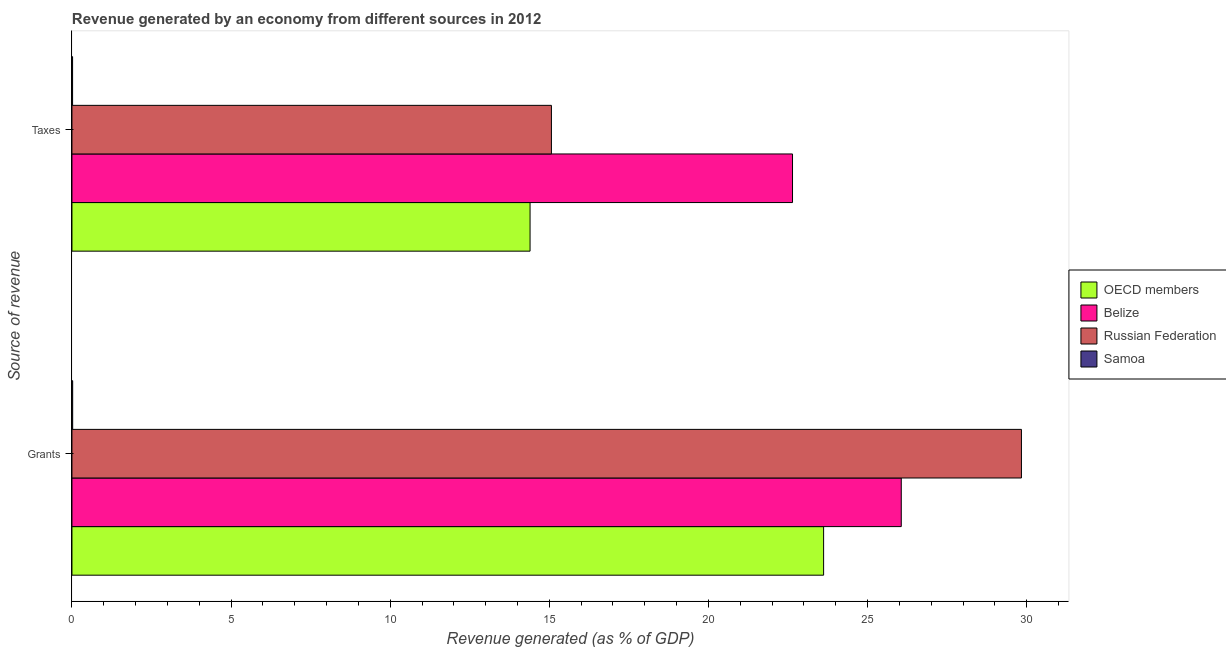
| Source of revenue | OECD members | Belize | Russian Federation | Samoa |
 | --- | --- | --- | --- | --- |
 | Grants | 23.6 | 26.1 | 29.8 | 0.0226 |
 | Taxes | 14.4 | 22.6 | 15.1 | 0.0196 |